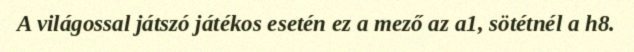
A világossal játszó játékos esetén ez a mező az a1, sötétnél a h8.